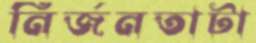
নির্জনতাটা